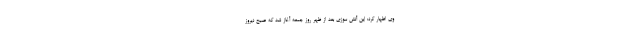
وی اظهار کرد: این آتش سوزی بعد از ظهر روز جمعه آغاز شد که صبح دیروز